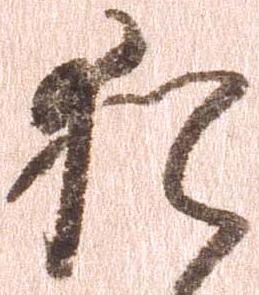
猶